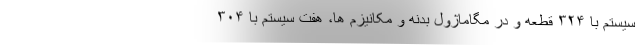
سیستم با ۳۲۴ قطعه و در مگاماژول بدنه و مکانیزم ها، هفت سیستم با ۳۰۴